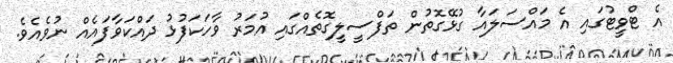
އެ ޓްވީޓުގައި އެ މައްސަލައާ ގުޅޭގޮތުން ތަފްސީލީގޮތެއްގައި އުމަރު ވާހަކަފުޅު ދައްކަވާފައެއް ނުވެއެވެ.